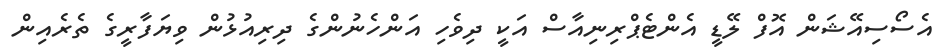
އެސޯސިއޭޝަން އޮފް ލޭޑީ އެންޓެޕްރިނިއާސް އަކީ ދިވެހި އަންހެނުންގެ ދިރިއުޅުން ވިޔަފާރީގެ ތެރެއިން